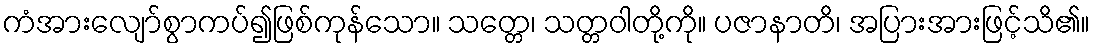
ကံအားလျော်စွာကပ်၍ဖြစ်ကုန်သော။ သတ္တေ၊ သတ္တဝါတို့ကို။ ပဇာနာတိ၊ အပြားအားဖြင့်သိ၏။